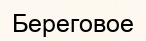
Береговое